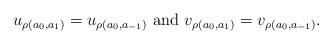
LaTeX: \begin{align*}u_{\rho(a_0, a_1)} = u_{\rho(a_0, a_{-1})} \mbox{ and } v_{\rho(a_0, a_1)} = v_{\rho(a_0, a_{-1})}.\end{align*}